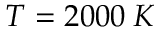
T = 2 0 0 0 \: K